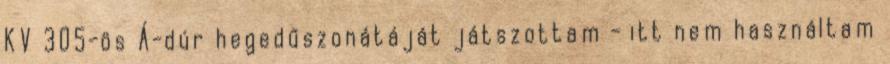
KV 305-ös Á-dúr hegedűszonátáját játszottam - itt nem használtam